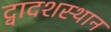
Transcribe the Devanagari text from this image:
द्वादशस्थान